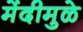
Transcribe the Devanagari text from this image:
मेंदीमुळे